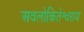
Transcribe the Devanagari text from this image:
अवलोकितेश्वराय